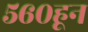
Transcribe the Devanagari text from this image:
५६०हून